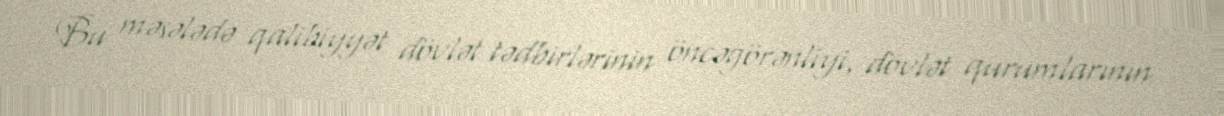
Bu məsələdə qalibiyyət dövlət tədbirlərinin öncəgörənliyi, dövlət qurumlarının